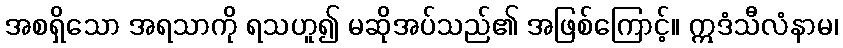
အစရှိသော အရသာကို ရသဟူ၍ မဆိုအပ်သည်၏ အဖြစ်ကြောင့်။ ဣဒံသီလံနာမ၊